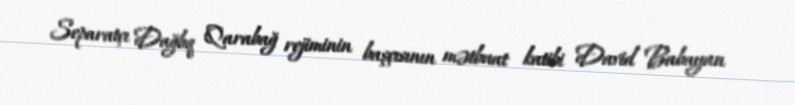
Separatçı Dağlıq Qarabağ rejiminin başçısının mətbuat katibi David Babayan